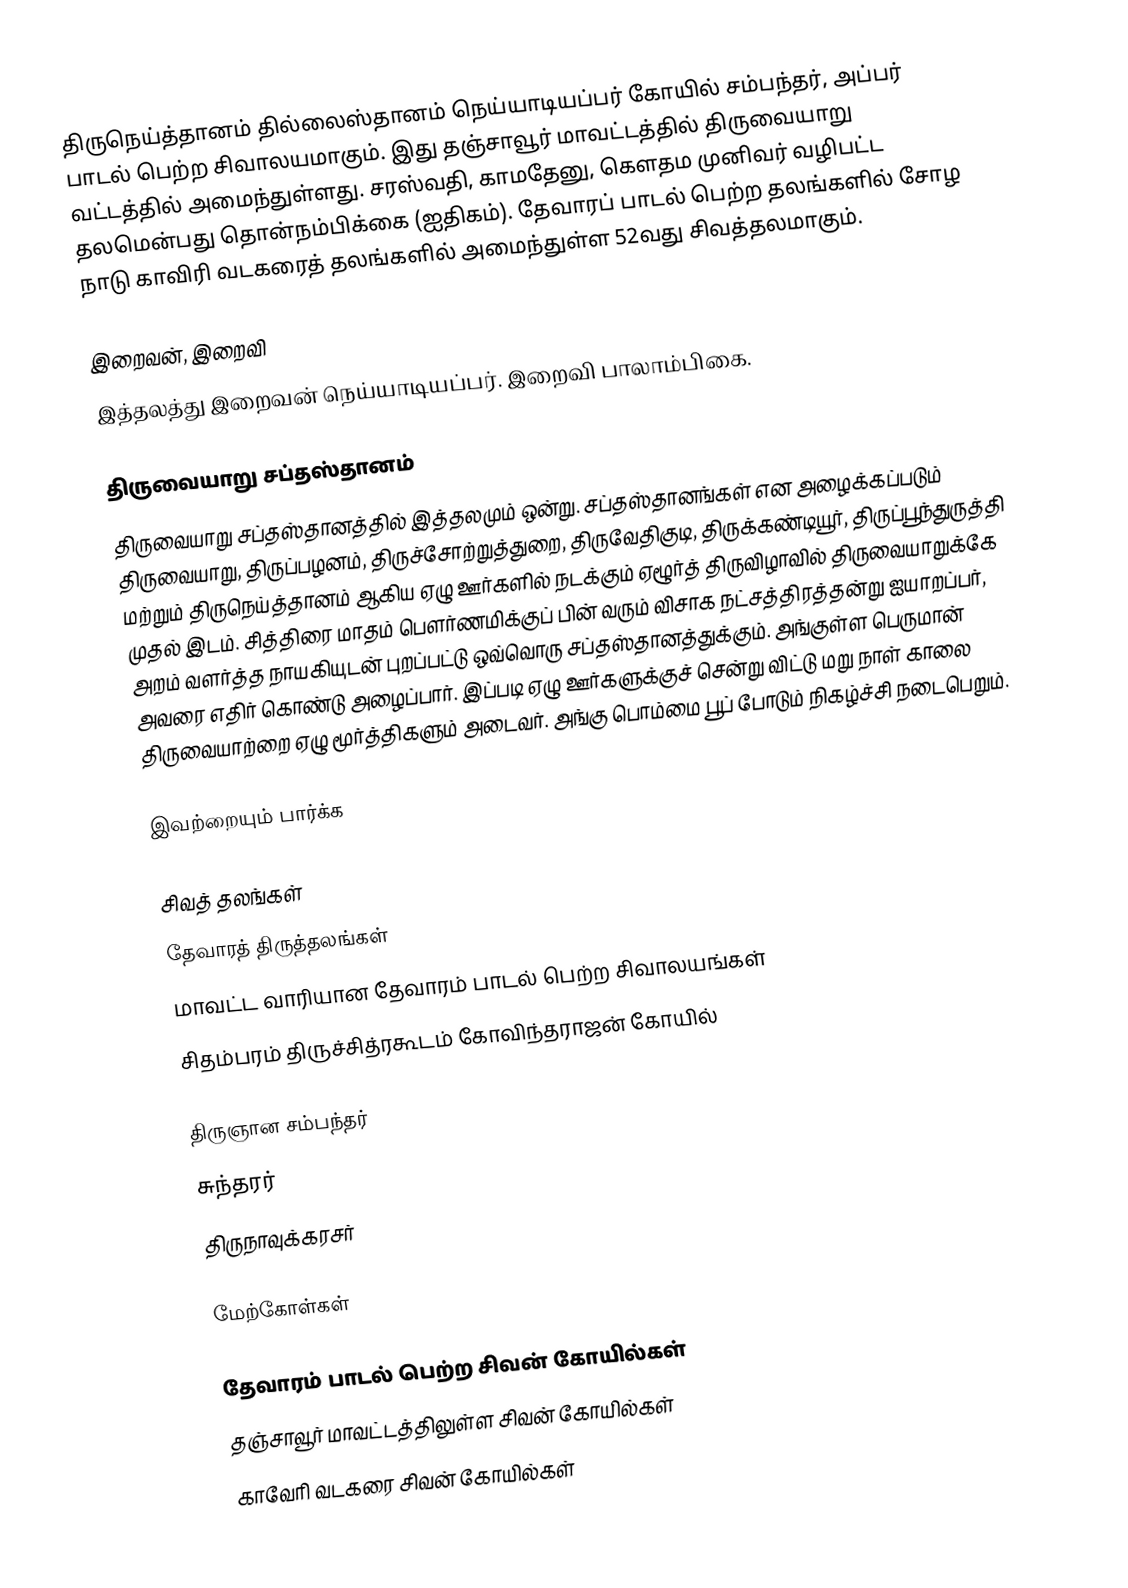
திருநெய்த்தானம் தில்லைஸ்தானம் நெய்யாடியப்பர் கோயில் சம்பந்தர், அப்பர் பாடல் பெற்ற சிவாலயமாகும். இது தஞ்சாவூர் மாவட்டத்தில்  திருவையாறு வட்டத்தில் அமைந்துள்ளது. சரஸ்வதி, காமதேனு, கௌதம முனிவர் வழிபட்ட தலமென்பது தொன்நம்பிக்கை (ஐதிகம்). தேவாரப் பாடல் பெற்ற தலங்களில்  சோழ நாடு காவிரி வடகரைத் தலங்களில் அமைந்துள்ள 52வது சிவத்தலமாகும்.

இறைவன், இறைவி
இத்தலத்து இறைவன் நெய்யாடியப்பர். இறைவி பாலாம்பிகை.

திருவையாறு சப்தஸ்தானம்
திருவையாறு சப்தஸ்தானத்தில் இத்தலமும் ஒன்று. சப்தஸ்தானங்கள் என அழைக்கப்படும் திருவையாறு, திருப்பழனம், திருச்சோற்றுத்துறை, திருவேதிகுடி, திருக்கண்டியூர், திருப்பூந்துருத்தி மற்றும் திருநெய்த்தானம் ஆகிய ஏழு ஊர்களில் நடக்கும் ஏழூர்த் திருவிழாவில் திருவையாறுக்கே முதல் இடம். சித்திரை மாதம் பெளர்ணமிக்குப் பின் வரும் விசாக நட்சத்திரத்தன்று ஐயாறப்பர், அறம் வளர்த்த நாயகியுடன் புறப்பட்டு ஒவ்வொரு சப்தஸ்தானத்துக்கும். அங்குள்ள பெருமான் அவரை எதிர் கொண்டு அழைப்பார். இப்படி ஏழு ஊர்களுக்குச் சென்று விட்டு மறு நாள் காலை திருவையாற்றை ஏழு மூர்த்திகளும் அடைவர். அங்கு பொம்மை பூப் போடும் நிகழ்ச்சி நடைபெறும்.

இவற்றையும் பார்க்க

 சிவத் தலங்கள்
 தேவாரத் திருத்தலங்கள்
 மாவட்ட வாரியான தேவாரம் பாடல் பெற்ற சிவாலயங்கள்
 சிதம்பரம் திருச்சித்ரகூடம் கோவிந்தராஜன் கோயில்

 திருஞான சம்பந்தர்
 சுந்தரர்
 திருநாவுக்கரசர்

மேற்கோள்கள்

தேவாரம் பாடல் பெற்ற சிவன் கோயில்கள்
தஞ்சாவூர் மாவட்டத்திலுள்ள சிவன் கோயில்கள்
காவேரி வடகரை சிவன் கோயில்கள்